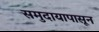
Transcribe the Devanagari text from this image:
समुदायापासून